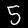
Digit: 5